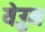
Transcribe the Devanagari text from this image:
येउुन